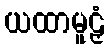
ယထာမူဠှံ